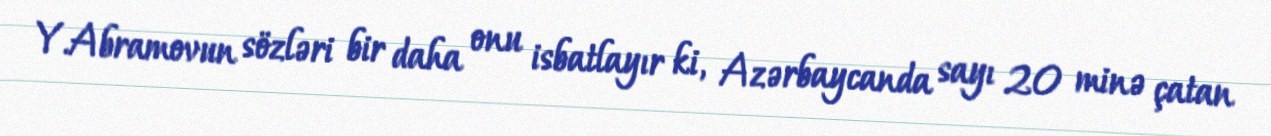
Y.Abramovun sözləri bir daha onu isbatlayır ki, Azərbaycanda sayı 20 minə çatan